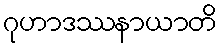
ဂုဟာဒဿနာယာတိ